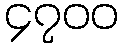
၄၇၀၀